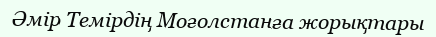
Әмір Темірдің Моғолстанға жорықтары